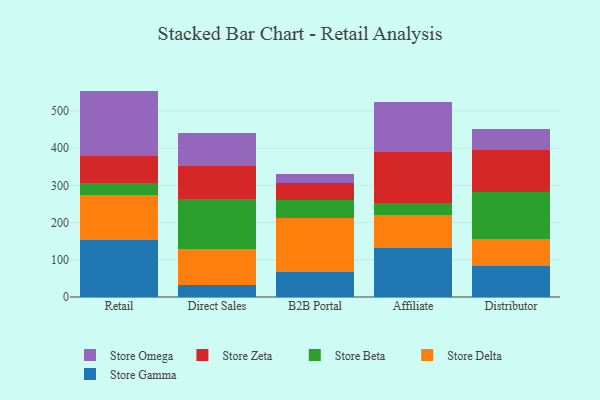
{"axis": {"x": "Channel", "y": "Temperature (°C)"}, "legend": ["Store Beta", "Store Delta", "Store Gamma", "Store Omega", "Store Zeta"], "data": [{"x": "Retail", "y": 153.6, "type": "Store Gamma"}, {"x": "Retail", "y": 121.2, "type": "Store Delta"}, {"x": "Retail", "y": 32.4, "type": "Store Beta"}, {"x": "Retail", "y": 73.2, "type": "Store Zeta"}, {"x": "Retail", "y": 173.8, "type": "Store Omega"}, {"x": "Direct Sales", "y": 32.5, "type": "Store Gamma"}, {"x": "Direct Sales", "y": 95.3, "type": "Store Delta"}, {"x": "Direct Sales", "y": 134.7, "type": "Store Beta"}, {"x": "Direct Sales", "y": 89.3, "type": "Store Zeta"}, {"x": "Direct Sales", "y": 88.3, "type": "Store Omega"}, {"x": "B2B Portal", "y": 68.5, "type": "Store Gamma"}, {"x": "B2B Portal", "y": 144.0, "type": "Store Delta"}, {"x": "B2B Portal", "y": 49.1, "type": "Store Beta"}, {"x": "B2B Portal", "y": 44.6, "type": "Store Zeta"}, {"x": "B2B Portal", "y": 23.7, "type": "Store Omega"}, {"x": "Affiliate", "y": 130.8, "type": "Store Gamma"}, {"x": "Affiliate", "y": 90.0, "type": "Store Delta"}, {"x": "Affiliate", "y": 32.1, "type": "Store Beta"}, {"x": "Affiliate", "y": 136.8, "type": "Store Zeta"}, {"x": "Affiliate", "y": 135.0, "type": "Store Omega"}, {"x": "Distributor", "y": 83.3, "type": "Store Gamma"}, {"x": "Distributor", "y": 71.7, "type": "Store Delta"}, {"x": "Distributor", "y": 126.1, "type": "Store Beta"}, {"x": "Distributor", "y": 114.4, "type": "Store Zeta"}, {"x": "Distributor", "y": 56.8, "type": "Store Omega"}]}